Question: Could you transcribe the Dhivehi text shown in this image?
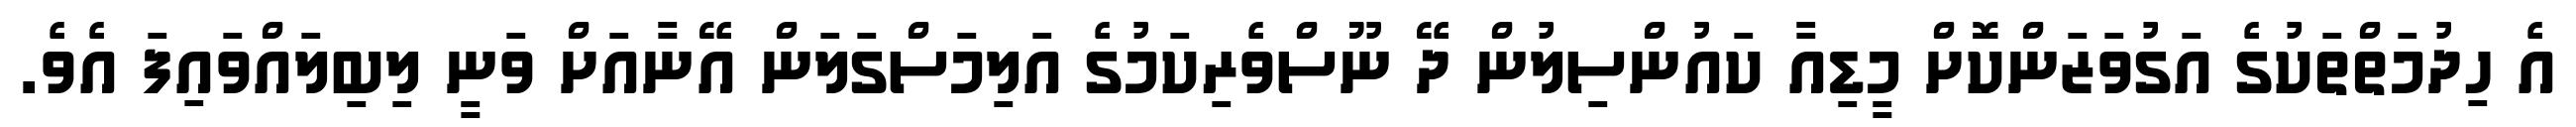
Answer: އެ ހިދުމަތްތަކުގެ އަގުވަޒަންކޮށް މީޑިއާ ކައުންސިލުން ދޭ ނޫސްވެރިކަމުގެ އަލިމަސްގަލަން އޭނާއަށް ވަނީ ލިބިލައްވައިފަ އެވެ.